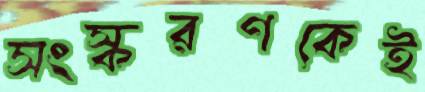
সংস্করণকেই